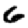
Digit: 6